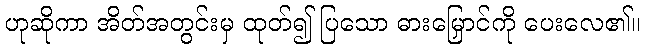
ဟုဆိုကာ အိတ်အတွင်းမှ ထုတ်၍ ပြသော ဓားမြှောင်ကို ပေးလေ၏။